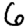
Digit: 6